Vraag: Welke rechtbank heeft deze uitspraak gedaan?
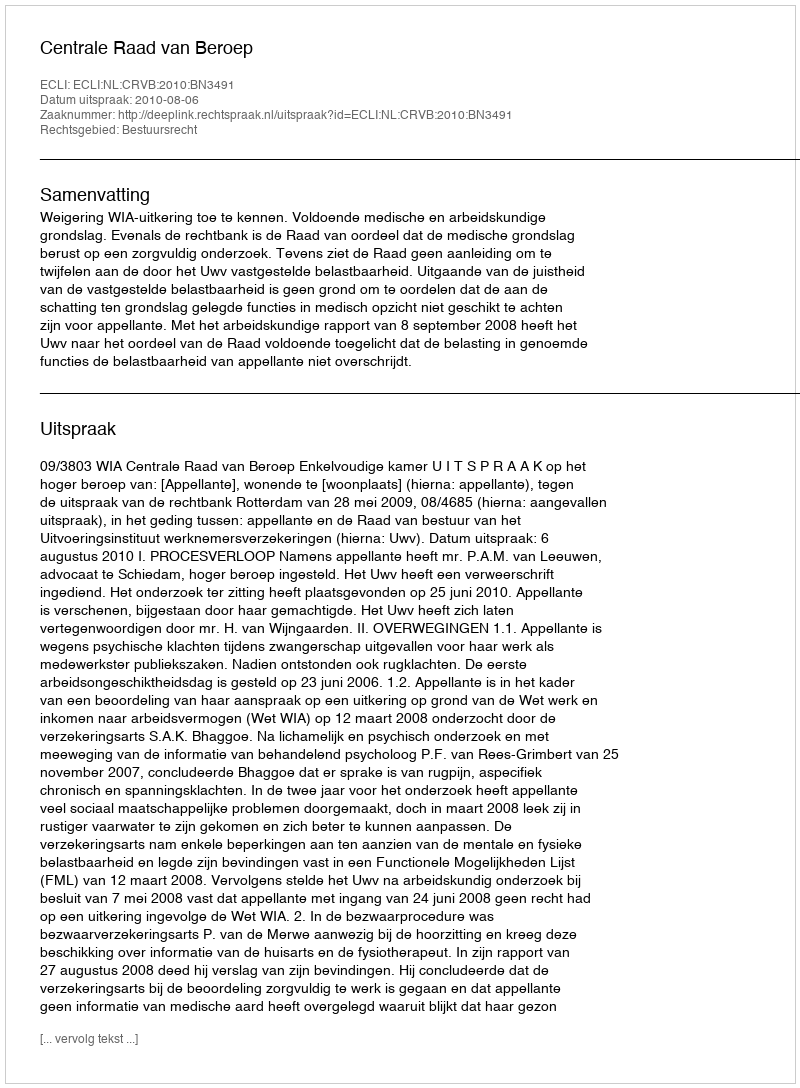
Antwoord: Centrale Raad van Beroep